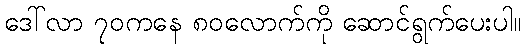
ဒေါ်လာ ၇၀ကနေ ၈၀လောက်ကို ဆောင်ရွက်ပေးပါ။